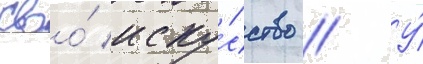
своо́ иску́сство // У́